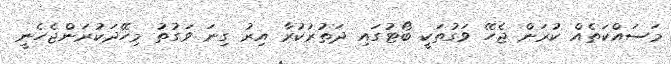
މަަސައްކަތެއް ކުރަން ޖެހޭ ވަގުތަކީ ބޯޓުގައި ދަތުރުކުރާ އިރު ގިނަ ވަގުތު މިހޭދަކުރަންޖެހެނީ